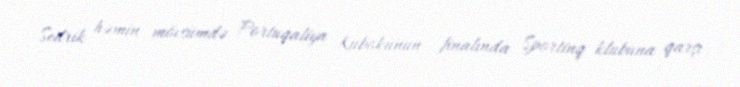
Sedrik həmin mövsümdə Portuqaliya Kubokunun finalında Sportinq klubuna qarşı